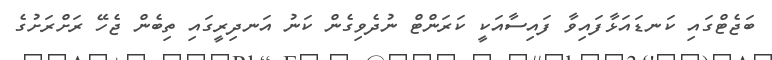
ބަޖެޓްގައި ކަނޑައަޅާފައިވާ ފައިސާއަކީ ކަރަންޓް ނުދެވިގެން ކަނު އަނދިރީގައި ތިބެން ޖެހޭ ރަށްރަށުގެ